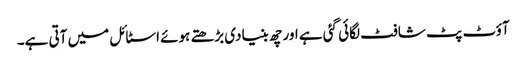
آؤٹ پٹ شافٹ لگائی گئی ہے اور چھ بنیادی بڑھتے ہوئے اسٹائل میں آتی ہے۔